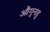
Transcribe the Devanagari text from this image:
औगुनहू